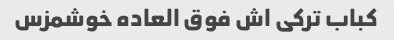
کباب ترکی اش فوق العاده خوشمزس